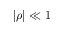
| \rho | \ll 1